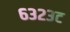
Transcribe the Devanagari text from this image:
६३२३ट